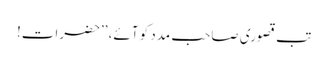
تب قصوری صاحب مدد کو آئے، ’’حضرات!